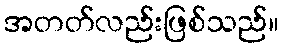
အတတ်လည်းဖြစ်သည်။